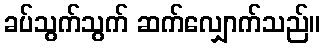
ခပ်သွက်သွက် ဆက်လျှောက်သည်။